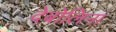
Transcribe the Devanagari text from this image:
देबोलिना